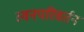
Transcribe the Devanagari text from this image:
स्वनपरिवर्तन